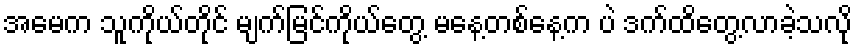
အမေက သူကိုယ်တိုင် မျက်မြင်ကိုယ်တွေ့ မနေ့တစ်နေ့က ပဲ ဒက်ထိတွေ့လာခဲ့သလို